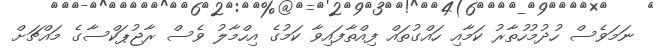
ނަމަވެސް ހުދުމުހުތާރު ކަމާއި ހައްގުތައް ފިއްތާފައިވާ ކަމުގެ އިހްމާލު ވެސް ރާޖުޕަކްސާގެ މައްޗަށް